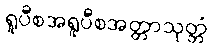
ရူပီစအရူပီစအတ္တာသုတ္တံ